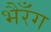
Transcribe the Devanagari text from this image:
भैरँग